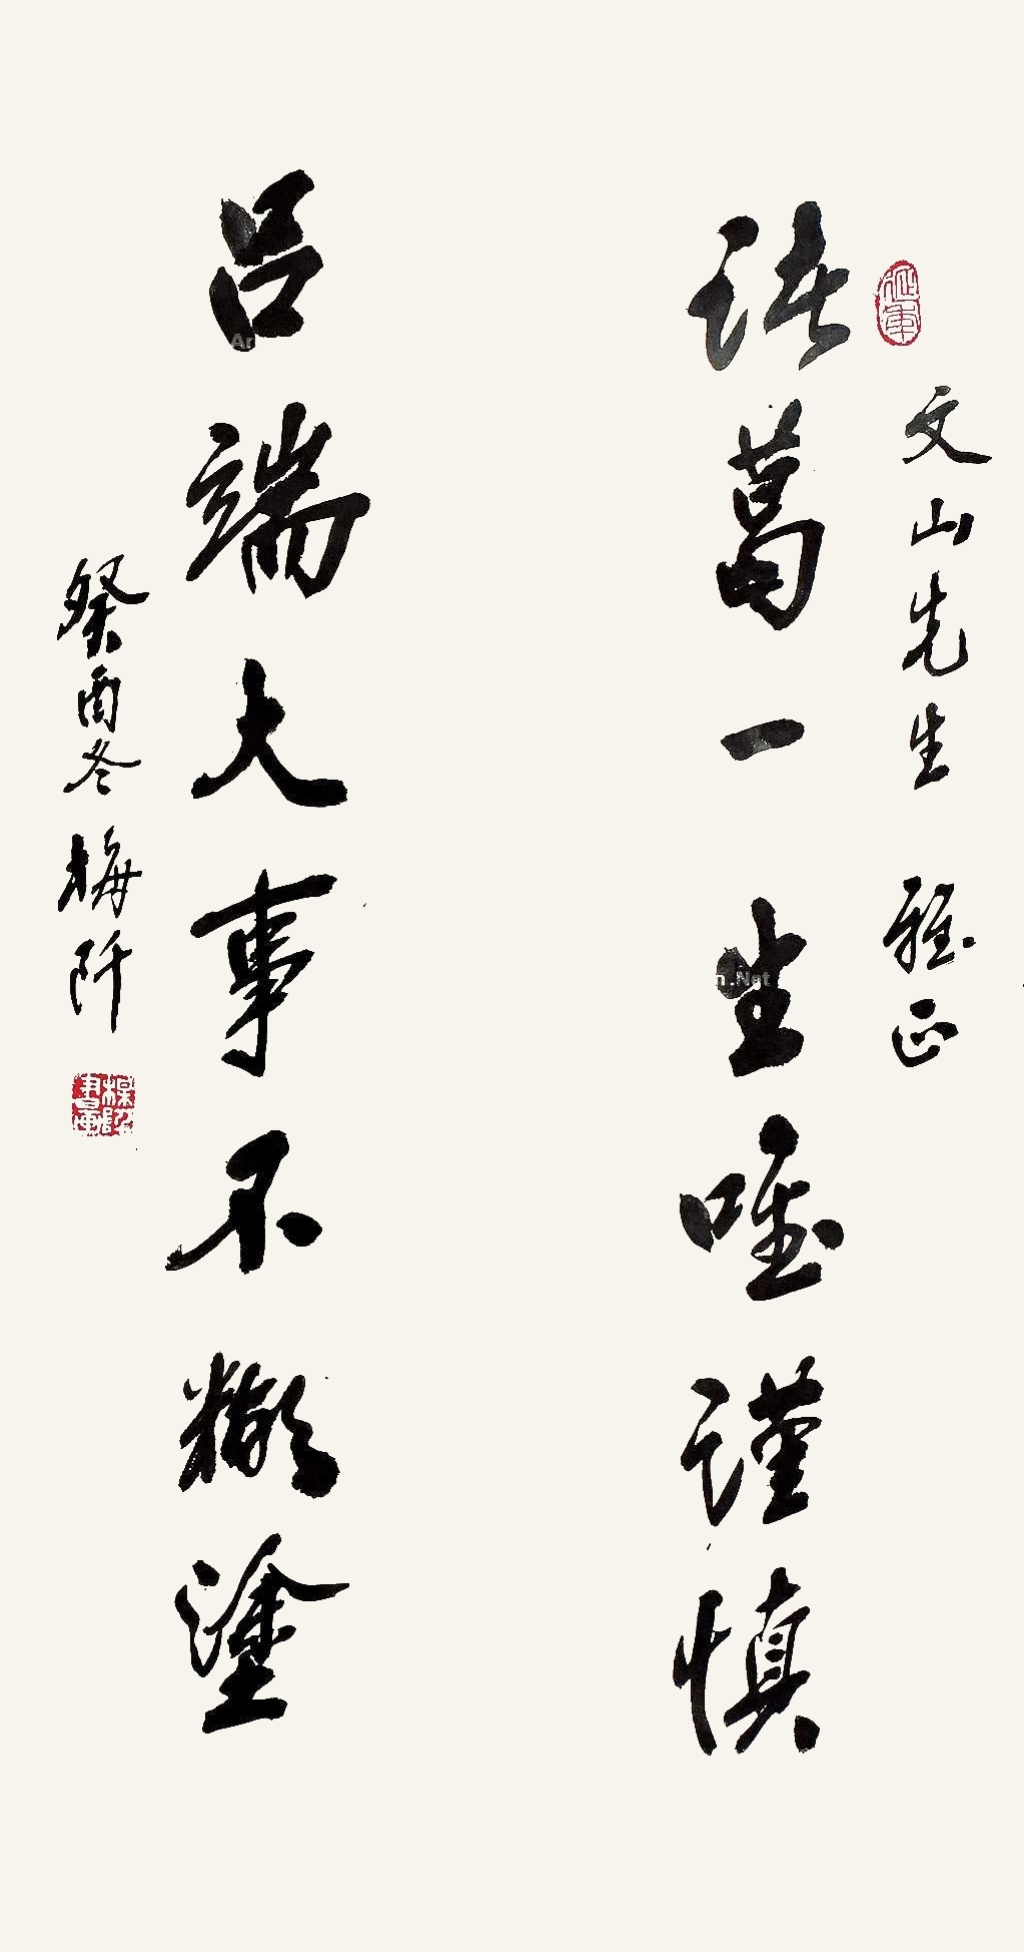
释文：诸葛一生唯谨慎，吕端大事不糊涂。文山先生雅正，癸酉冬梅阡。